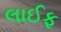
લાઈફ